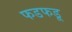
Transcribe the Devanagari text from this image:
फडफडू